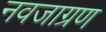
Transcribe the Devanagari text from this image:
नवजाग्रण